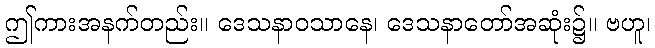
ဤကားအနက်တည်း။ ဒေသနာဝသာနေ၊ ဒေသနာတော်အဆုံး၌။ ဗဟူ၊